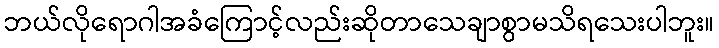
ဘယ်လိုရောဂါအခံကြောင့်လည်းဆိုတာသေချာစွာမသိရသေးပါဘူး။